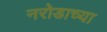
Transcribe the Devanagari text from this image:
नरोडाच्या